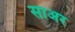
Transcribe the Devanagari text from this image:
साअर